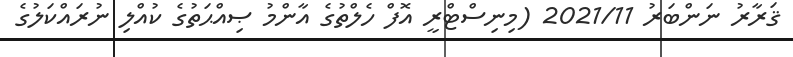
ޤަރާރު ނަންބަރު 2021/11 (މިނިސްޓްރީ އޮފް ހެލްތުގެ އާންމު ޞިއްޙަތުގެ ކުއްލި ނުރައްކަލުގެ